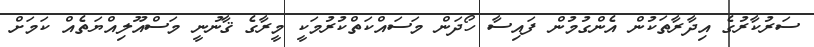
ސަރުކާރުގެ އިދާރާތަކުން އެންގުމުން ފައިސާ ހޯދަން މަސައްކަތްކުރުމަކީ މީރާގެ ޤާނުނީ މަސްއޫލިއްޔަތެއް ކަމަށް